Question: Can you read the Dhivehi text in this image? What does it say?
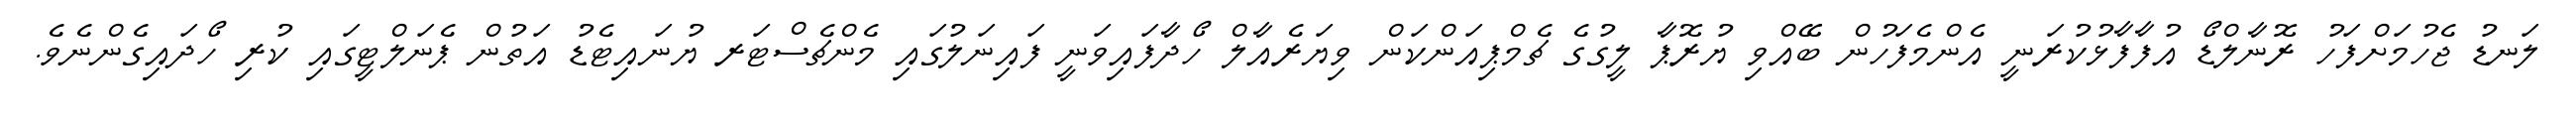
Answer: ލަނޑު ޖެހުމަށްފަހު ރޮނާލްޑޯ އުފާފާޅުކުރަނީ އެންމެފަހުން ބޭއްވި ޔުރޮޕާ ލީގުގެ ޗެމްޕިއަންކަން ވިޔަރެއާލް ހޯދާފައިވަނީ ފައިނަލުގައި މެންޗެސްޓަރ ޔުނައިޓެޑު އަތުން ޕެނަލްޓީގައި ކުރި ހޯދައިގެންނެވެ.